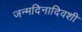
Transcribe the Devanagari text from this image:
जन्मदिनादिवशी